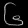
Digit: ၆